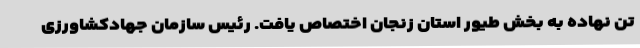
تن نهاده به بخش طیور استان زنجان اختصاص یافت. رئیس سازمان جهادکشاورزی